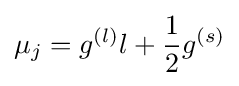
\mu _{j}=g^{(l)}l+{1 \over 2}g^{(s)}